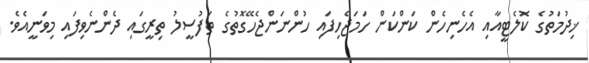
ޚިދުމަތުގެ ކޮލެޓީއާއި އެހެނިހެން ކަންކަން ހަމަޖެހިފައި ހުންނަންޖެހޭގޮތުގެ ތަފުސީލު ތިރީގައި ދެންނެވިފައި މިވަނީއެވެ.